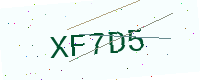
Text: XF7D5